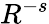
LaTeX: R^{-s}